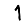
Digit: 1